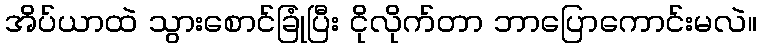
အိပ်ယာထဲ သွားစောင်ခြုံပြီး ငိုလိုက်တာ ဘာပြောကောင်းမလဲ။